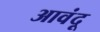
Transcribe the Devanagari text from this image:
आवंदू